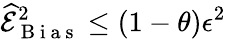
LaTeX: \widehat{\mathcal{E}}_{\mathrm{~B~i~a~s~}}^{2}\le(1-\theta)\epsilon^{2}